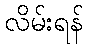
လိမ်းရန်